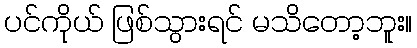
ပင်ကိုယ် ဖြစ်သွားရင် မသိတော့ဘူး။